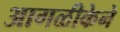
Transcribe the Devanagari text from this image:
आगळीकेने